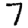
Digit: 7